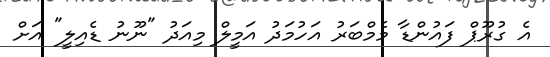
އެ ގުރޫޕް ފައުންޑާ މެމްބަރު އަހުމަދު އަމީލް މިއަދު "ނޫނު ޑެއިލީ" އަށް